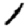
Digit: 1